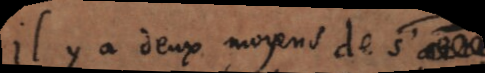
il y a deux moyens de s’